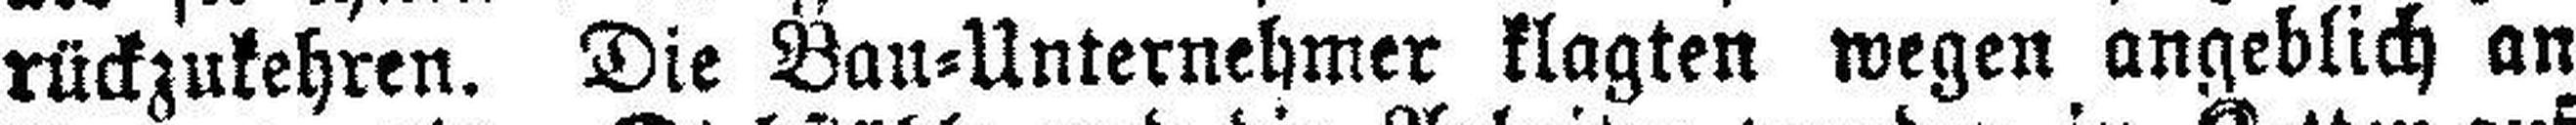
rückzukehren. Die Bau=Unternehmer klagten wegen angeblich an